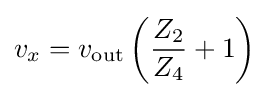
v_{x}=v_{\text{out}}\left({\frac {Z_{2}}{Z_{4}}}+1\right)